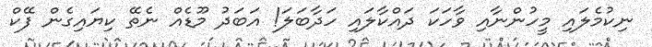
ނިކުމެލައި މީހުންނާއި ވާހަކަ ދައްކާލައި ހަދާބަލަ! އަބަދު މޫޑެއް ނެތޭ ކިޔައިގެން ފޭކް